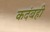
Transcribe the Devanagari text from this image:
कदंबही